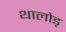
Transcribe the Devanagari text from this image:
थालोड्